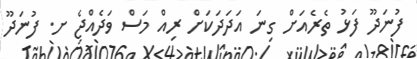
ފުނަދޫ ފަޅު ތެރެއަށް ގިނަ އަދަދަކަށް ރިއް މަސް ވަދެއްޖެ ށ. ފުނަދޫ